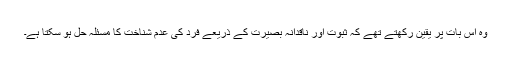
وہ اس بات پر یقین رکھتے تھے کہ ثبوت اور ناقدانہ بصیرت کے ذریعے فرد کی عدم شناخت کا مسئلہ حل ہو سکتا ہے۔